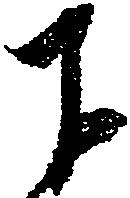
下